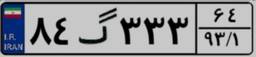
۸۴گ۳۳۳۶۴